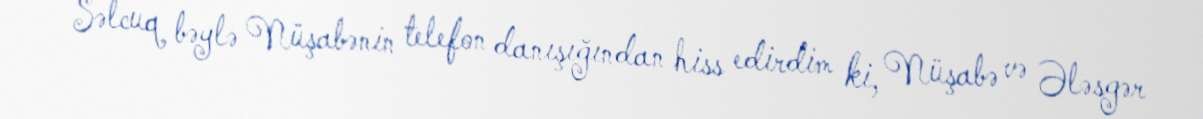
Səlcuq bəylə Nüşabənin telefon danışığından hiss edirdim ki, Nüşabə və Ələsgər